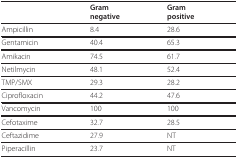
<table><thead><tr><td></td><td><b>Gramnegative</b></td><td><b>Grampositive</b></td></tr></thead><tbody><tr><td>Ampicillin</td><td>8.4</td><td>28.6</td></tr><tr><td>Gentamicin</td><td>40.4</td><td>65.3</td></tr><tr><td>Amikacin</td><td>74.5</td><td>61.7</td></tr><tr><td>Netilmycin</td><td>48.1</td><td>52.4</td></tr><tr><td>TMP/SMX</td><td>29.3</td><td>28.2</td></tr><tr><td>Ciprofloxacin</td><td>44.2</td><td>47.6</td></tr><tr><td>Vancomycin</td><td>100</td><td>100</td></tr><tr><td>Cefotaxime</td><td>32.7</td><td>28.5</td></tr><tr><td>Ceftazidime</td><td>27.9</td><td>NT</td></tr><tr><td>Piperacillin</td><td>23.7</td><td>NT</td></tr></tbody></table>